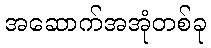
အဆောက်အအုံတစ်ခု